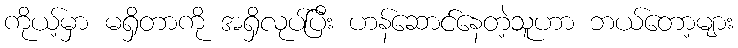
ကိုယ့်မှာ မရှိတာကို အရှိလုပ်ပြီး ဟန်ဆောင်နေတဲ့သူဟာ ဘယ်တော့များ